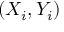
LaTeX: ( X _ { i } , Y _ { i } )